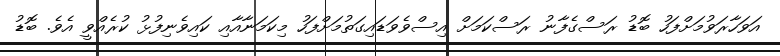
އަވަހާރަވުމަށްފަހު ބޮޑު ރަސްގެފާނު ރަސްކަމަށް އިސްވެވަޑައިގަތުމަށްފަހު މިކަމަނާއާއި ކައިވެނިފުޅު ކުރެއްވީ އެވެ. ބޮޑު